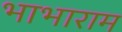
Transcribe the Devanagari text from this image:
भाभाराम